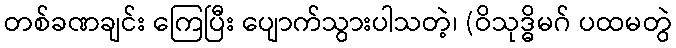
တစ်ခဏချင်း ကြေပြီး ပျောက်သွားပါသတဲ့၊ (ဝိသုဒ္ဓိမဂ် ပထမတွဲ